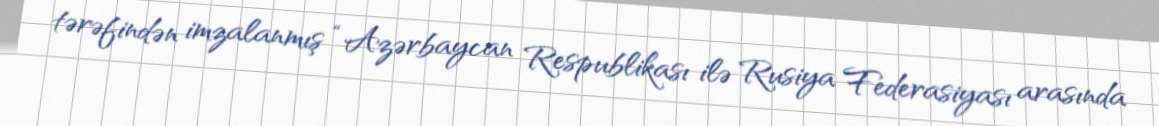
tərəfindən imzalanmış “Azərbaycan Respublikası ilə Rusiya Federasiyası arasında